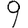
Digit: 9